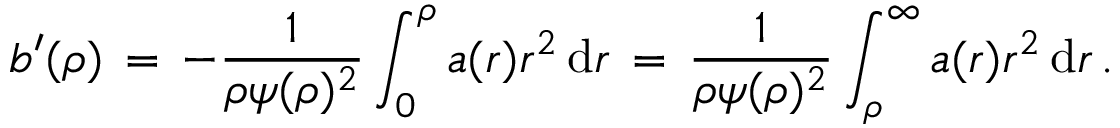
b ^ { \prime } ( \rho ) \, = \, - \frac { 1 } { \rho \psi ( \rho ) ^ { 2 } } \int _ { 0 } ^ { \rho } a ( r ) r ^ { 2 } \, \mathrm { d } r \, = \, \frac { 1 } { \rho \psi ( \rho ) ^ { 2 } } \int _ { \rho } ^ { \infty } a ( r ) r ^ { 2 } \, \mathrm { d } r \, .